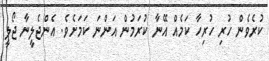
ކުރެވެން ހުރި ހުރިހާ ކަމެއް އޭނާ ކުރަމުން އަންނަ ކަމަށެވެ. އެންޖެލީނާ ޖޯލީ